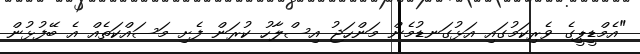
"އެމްޑީޕީގެ ވެރިކަމުގައި އަޅުގަނޑުމެން މަންހަޖު އިސްލާހު ކުރަން ފެށި މަސައްކަތެއް އެ ބޭފުޅުން